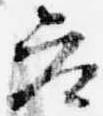
参